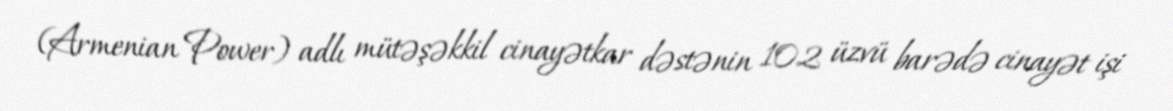
(Armenian Power) adlı mütəşəkkil cinayətkar dəstənin 102 üzvü barədə cinayət işi